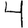
Digit: 4